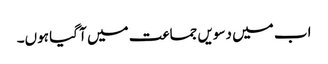
اب میں دسویں جماعت میں آ گیا ہوں۔